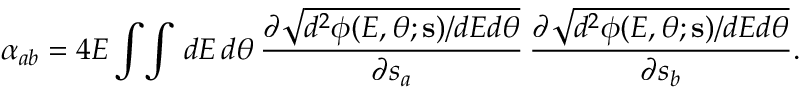
\alpha _ { a b } = 4 { \cal E } \int \! \int \, d E \, d \theta \, \frac { \partial \sqrt { d ^ { 2 } \phi ( E , \theta ; { \bf s } ) / d E d \theta } } { \partial s _ { a } } \, \frac { \partial \sqrt { d ^ { 2 } \phi ( E , \theta ; { \bf s } ) / d E d \theta } } { \partial s _ { b } } .